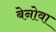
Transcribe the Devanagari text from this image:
बेनोवा